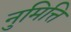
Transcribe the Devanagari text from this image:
नुमित्ति